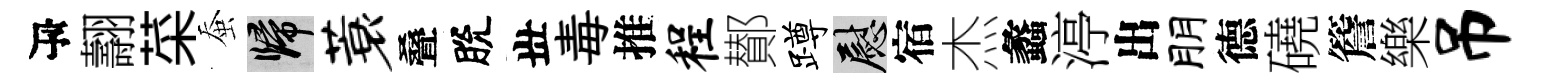
瓴翿菜蚕歸蓑叠脫丗毒推程鄼蹲慰宿杰蠡渟出朋德磽簷樂吊